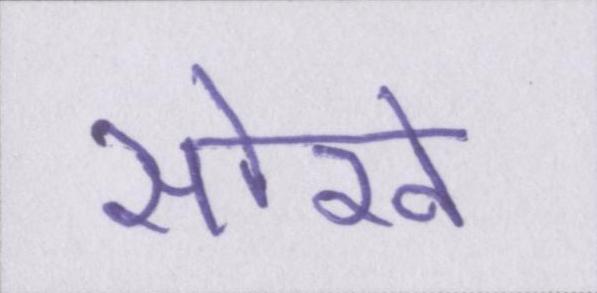
सोखे